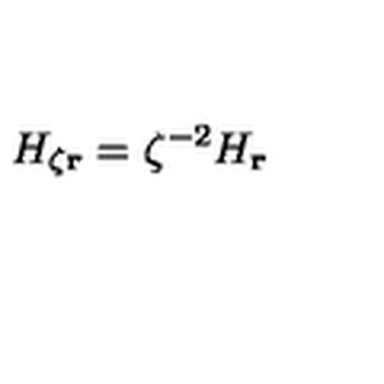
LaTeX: { H } _ { \zeta \bf r } = \zeta ^ { - 2 } { H } _ { \bf r }